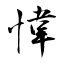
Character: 愇